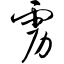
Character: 雳